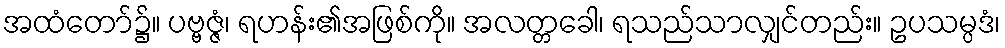
အထံတော်၌။ ပဗ္ဗဇ္ဇံ၊ ရဟန်း၏အဖြစ်ကို။ အလတ္တခေါ၊ ရသည်သာလျှင်တည်း။ ဥပသမ္ပဒံ၊